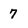
Character: 7